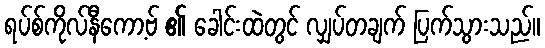
ရပ်စ်ကိုလ်နီကော့ဗ် ၏ ခေါင်းထဲတွင် လျှပ်တချက် ပြက်သွားသည်။